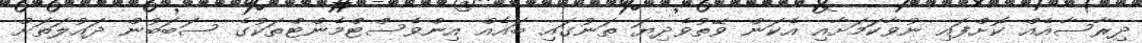
ދިރާސާއެއް ކޮށްފައި ނުވާކަމަށާއި އެކަން ވޭތުވެދިޔަ ތަނުގައި ބައެއް އިންވެސްޓްމެންޓްތަކުގެ ސަބަބުން ދައުލަތަށް